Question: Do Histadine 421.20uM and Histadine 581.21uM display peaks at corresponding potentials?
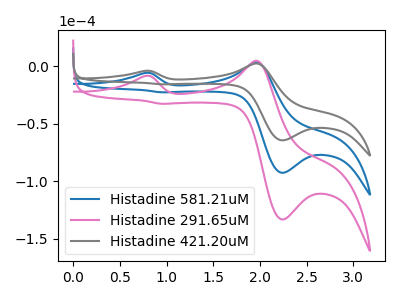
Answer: <think>The blue curve "Histadine 581.21uM" has anodic peaks at (0.75V, -5.95uA) (1.95V, 3.15uA) and cathodic peaks at (2.25V, -92.60uA) (0.95V, -22.80uA). The pink curve "Histadine 291.65uM" has anodic peaks at (0.75V, -11.95uA) (1.95V, 6.35uA) and cathodic peaks at (2.25V, -185.25uA) (0.95V, -45.55uA). The gray curve "Histadine 421.20uM" has anodic peaks at (0.75V, -4.15uA) (1.95V, 2.20uA) and cathodic peaks at (2.25V, -64.45uA) (0.95V, -15.85uA).</think>
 <answer>Yes, "Histadine 421.20uM" have a peak in "Histadine 581.21uM" at the same potential.</answer>
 <eval>match</eval>